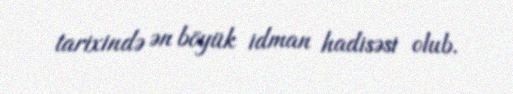
tarixində ən böyük idman hadisəsi olub.